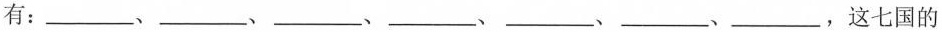
有：___、___、___、___、___、___、___，这七国的